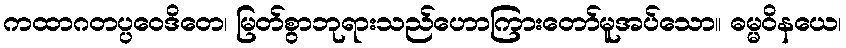
ကထာဂတပ္ပဝေဒိတေ၊ မြတ်စွာဘုရားသည်ဟောကြားတော်မူအပ်သော။ ဓမ္မဝိနယေ၊